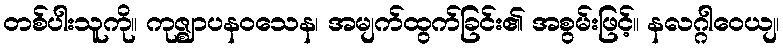
တစ်ပါးသူကို။ ကုဇ္ဈာပနဝသေန၊ အမျက်ထွက်ခြင်း၏ အစွမ်းဖြင့်။ နလဂ္ဂါဝေယျ၊